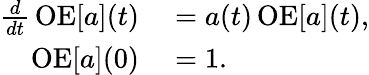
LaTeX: \begin{array}{rl}{{\frac{d}{dt}}\operatorname{OE}[a](t)}&{{}=a(t)\operatorname{OE}[a](t),}\\ {\operatorname{OE}[a](0)}&{{}=1.}\end{array}